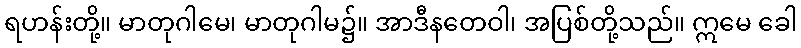
ရဟန်းတို့။ မာတုဂါမေ၊ မာတုဂါမ၌။ အာဒီနတေဝါ၊ အပြစ်တို့သည်။ ဣမေ ခေါ